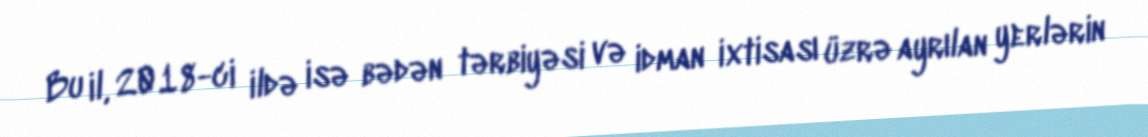
Bu il, 2018-ci ildə isə bədən tərbiyəsi və idman ixtisası üzrə ayrılan yerlərin